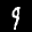
Label: 9